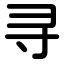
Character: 寻